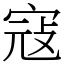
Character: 寇